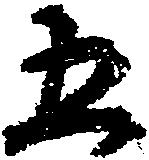
五